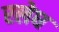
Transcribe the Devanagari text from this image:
रलेघ